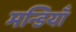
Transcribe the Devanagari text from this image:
मन्डियाँ